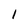
Character: I